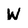
Character: W